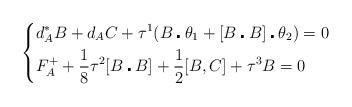
LaTeX: \begin{align*}\left\{\begin{aligned}&d_A^*B+d_AC+\tau^1(B\centerdot\theta_1+[B\centerdot B]\centerdot\theta_2)=0\\&F_A^++\frac{1}{8}\tau^2[B\centerdot B]+\frac{1}{2}[B,C]+\tau^3B=0\\\end{aligned}\right.\end{align*}